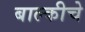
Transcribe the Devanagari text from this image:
बाल्कीचे